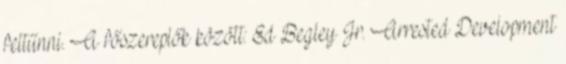
feltűnni. A főszereplők között: Ed Begley Jr. Arrested Development